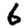
Digit: 6